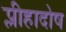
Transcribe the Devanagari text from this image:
प्लीहादोष